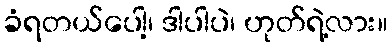
ခံရတယ်ပေါ့၊ ဒါပါပဲ၊ ဟုတ်ရဲ့လား။